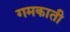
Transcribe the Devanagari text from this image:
गमकाती